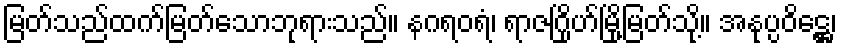
မြတ်သည်ထက်မြတ်သောဘုရားသည်။ နဂရဝရံ၊ ရာဇဂြိုဟ်မြို့မြတ်သို့။ အနုပ္ပဝိဋ္ဌေ၊